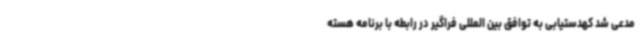
مدعی شد کهدستیابی به توافق بین المللی فراگیر در رابطه با برنامه هسته